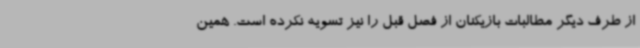
از طرف دیگر مطالبات بازیکنان از فصل قبل را نیز تسویه نکرده است. همین